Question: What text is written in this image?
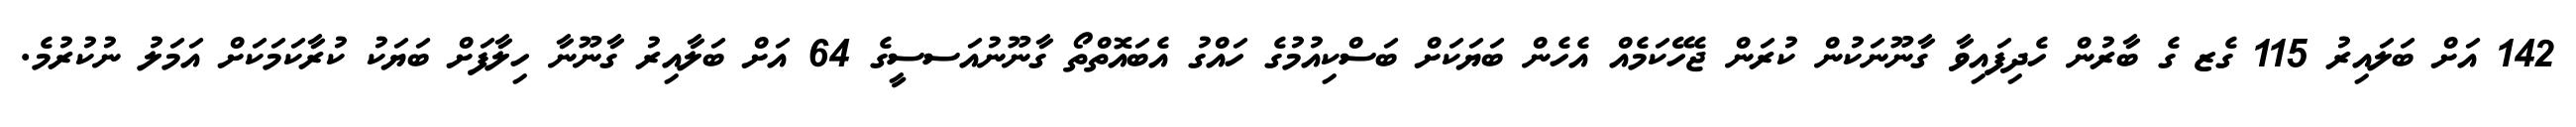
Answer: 142 އަށް ބަލައިރު 115 ގެޒ ގެ ބާރުން ހެދިފައިވާ ގާނޫނަކުން ކުރަން ޖެހޭކަމެއް އެހެން ބަޔަކަށް ބަސްކިއުމުގެ ހައްގު އެބައޮތްތޯ ގާނޫނުއަސސީގެ 64 އަށް ބަލާއިރު ގާނޫނާ ހިލާފަށް ބަޔަކު ކުރާކަމަކަށް އަމަލު ނުކުރުމެ.